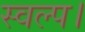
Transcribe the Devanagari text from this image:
स्वल्प।